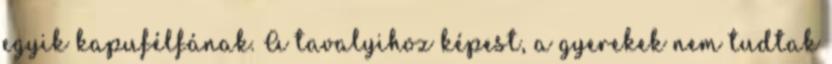
egyik kapufélfának. A tavalyihoz képest, a gyerekek nem tudtak